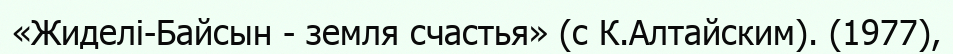
«Жиделі-Байсын - земля счастья» (с К.Алтайским). (1977),